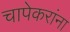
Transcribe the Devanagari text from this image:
चापेकरांना